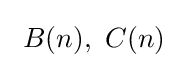
\ B(n),\ C(n)\